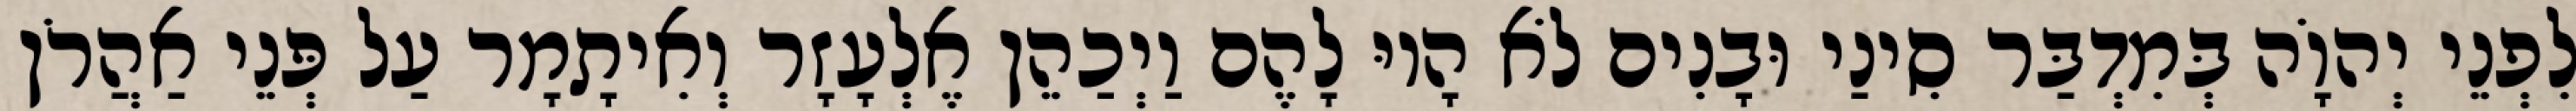
לִפְנֵי יְהוָֹה בְּמִדְבַּר סִינַי וּבָנִים לֹא הָיוּ לָהֶם וַיְכַהֵן אֶלְעָזָר וְאִיתָמָר עַל פְּנֵי אַהֲרֹן